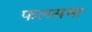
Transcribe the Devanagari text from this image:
फलसमा